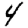
Digit: 4